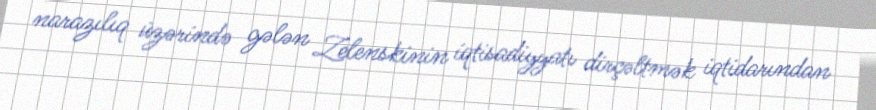
narazılıq üzərində gələn Zelenskinin iqtisadiyyatı dirçəltmək iqtidarından